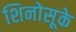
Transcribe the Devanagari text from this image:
शिनोसूके